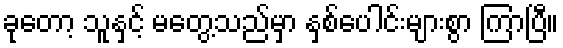
ခုတော့ သူနှင့် မတွေ့သည်မှာ နှစ်ပေါင်းများစွာ ကြာပြီ။